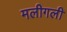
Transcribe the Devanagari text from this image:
मलीगली